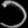
Digit: ၁